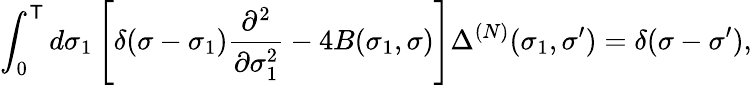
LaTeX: \int_{0}^{\mathsf{T}}d\sigma_{1}\left[\delta(\sigma-\sigma_{1})\frac{{\partial^{2}}}{{\partial\sigma_{1}^{2}}}-4B(\sigma_{1},\sigma)\right]\Delta^{(N)}(\sigma_{1},\sigma^{\prime})=\delta(\sigma-\sigma^{\prime}),